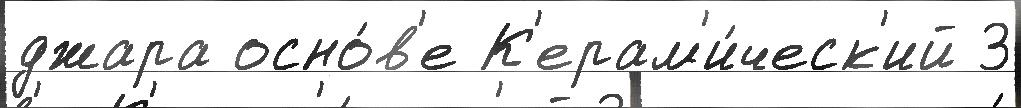
джара осно́в'е К'ерам'и́ческ'ий 3